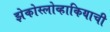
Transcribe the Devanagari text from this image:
झेकोस्लोव्हाकियाची